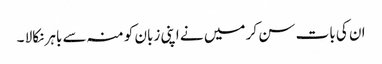
ان کی بات سن کر میں نے اپنی زبان کو منہ سے باہر نکالا ۔